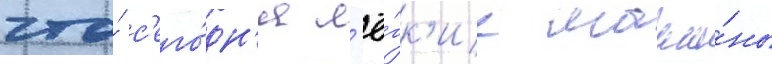
что́ с'его́дн'я л'ё́гк'ие маши́ны